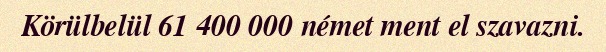
Körülbelül 61 400 000 német ment el szavazni.